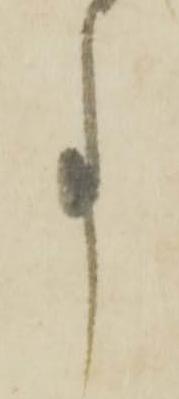
事